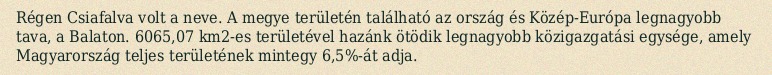
Régen Csiafalva volt a neve. A megye területén található az ország és Közép-Európa legnagyobb tava, a Balaton. 6065,07 km2-es területével hazánk ötödik legnagyobb közigazgatási egysége, amely Magyarország teljes területének mintegy 6,5%-át adja.